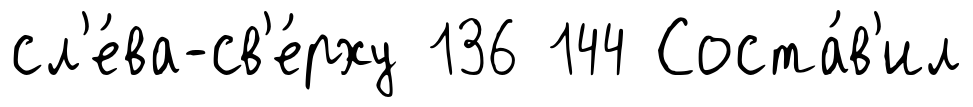
сл'е́ва-св'е́рху 136 144 Соста́в'ил